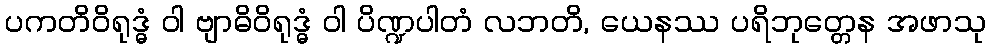
ပကတိဝိရုဒ္ဓံ ဝါ ဗျာဓိဝိရုဒ္ဓံ ဝါ ပိဏ္ဍပါတံ လဘတိ, ယေနဿ ပရိဘုတ္တေန အဖာသု